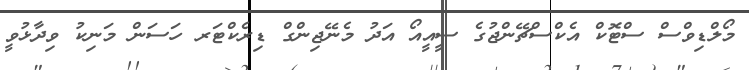
މޯލްޑިވްސް ސްޓޮކް އެކްސްޗޭންޖުގެ ސީއީއޯ އަދު މެނޭޖިންގް ޑިރެކްޓަރ ހަސަން މަނިކު ވިދާޅުވީ